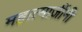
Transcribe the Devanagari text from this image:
महात्माजींनी